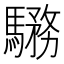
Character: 𩥎